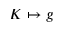
K \mapsto g